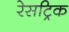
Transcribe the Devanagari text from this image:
रेसट्रिक